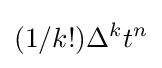
(1/k!)\Delta ^{k}t^{n}